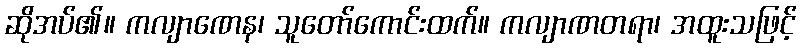
ဆိုအပ်၏။ ကလျာဏေန၊ သူတော်ကောင်းထက်။ ကလျာဏတရာ၊ အထူးသဖြင့်